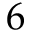
6